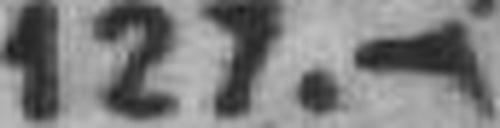
127.—